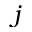
j